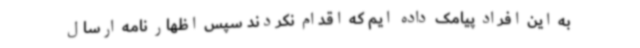
به این افراد پیامک داده ایم که اقدام نکردند سپس اظهار نامه ارسال